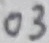
Text: 03